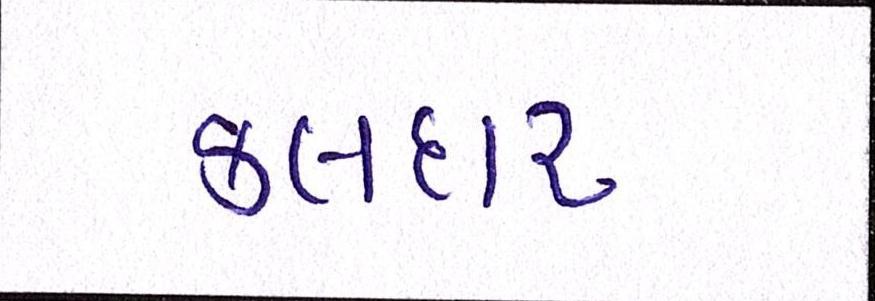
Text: કલદાર